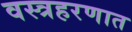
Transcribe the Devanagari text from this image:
वस्त्रहरणात